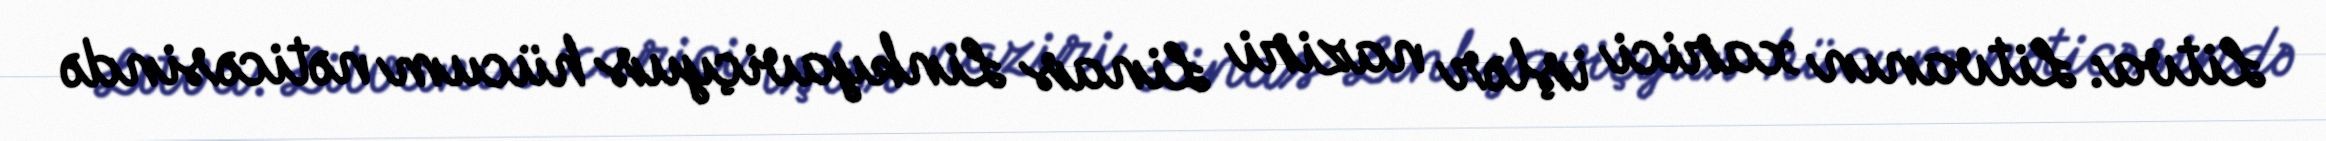
Litva: Litvanın xarici işlər naziri Linas Linkyaviçyus hücum nəticəsində